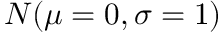
N ( \mu = 0 , \sigma = 1 )